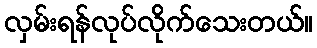
လှမ်းရန်လုပ်လိုက်သေးတယ်။